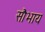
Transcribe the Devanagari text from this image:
सौभाय